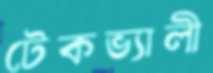
টেকভ্যালী